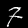
Label: 7